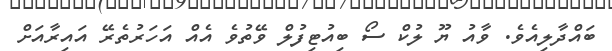
ބައްދާލިއެވެ. ވާއު ޔޫ ލުކް ސޯ ބިއުޓިފުލް ވޭތުވެ އެއް އަހަރުތެރޭ އައިރާއަށް